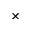
\times